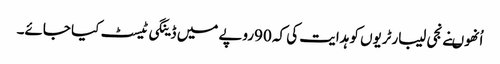
اُنھوںنے نجی لیبارٹریوں کو ہدایت کی کہ 90روپے میں ڈینگی ٹیسٹ کیا جائے۔